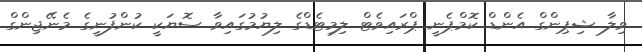
ވިލާ ޝިޕިންގް އެންޑް ކޮމްޕެނީ ޕްރައިވެޓް ލިމިޓެޑްގެ ލިޔުމުގައިވާ ސޮޔަކީ ކުންފުނީގެ މެނޭޖިންގް